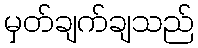
မှတ်ချက်ချသည်